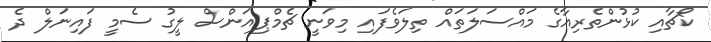
ކޯޗާއި ކުޅުންތެރިއާގެ މައްސަލަތައް ތިލަވެފައި މިވަނީ ޗެމްޕިއަންސް ލީގު ސެމީ ފައިނަލް ދެ